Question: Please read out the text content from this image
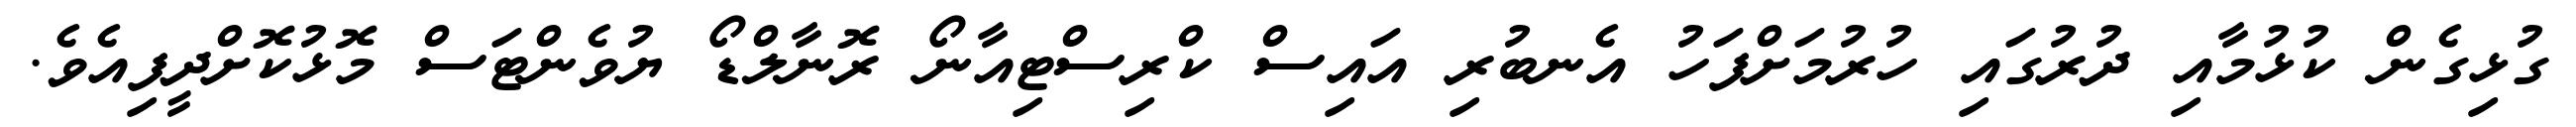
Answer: ގުޅިގެން ކުޅުމާއި ދުރުގައި ހުރުމަށްފަހު އެނބުރި އައިސް ކްރިސްޓިއާނޯ ރޮނާލްޑޯ ޔުވެންޓަސް މޮޅުކޮށްދީފިއެވެ.